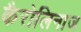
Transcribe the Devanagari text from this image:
कैरोलिनाज